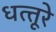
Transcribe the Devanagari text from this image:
धत्‍तूरे